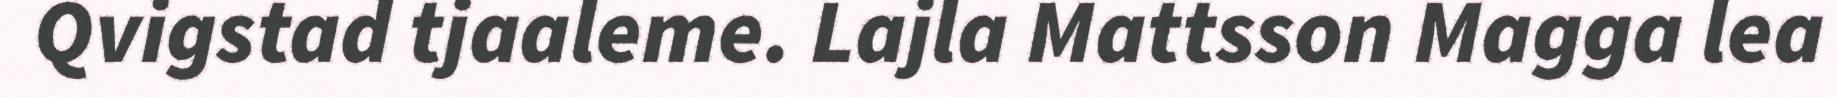
Qvigstad tjaaleme. Lajla Mattsson Magga lea